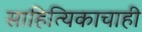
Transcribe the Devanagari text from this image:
साहित्यिकाचाही